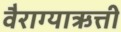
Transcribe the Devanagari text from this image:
वैराग्याऋत्ती